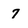
Character: 7